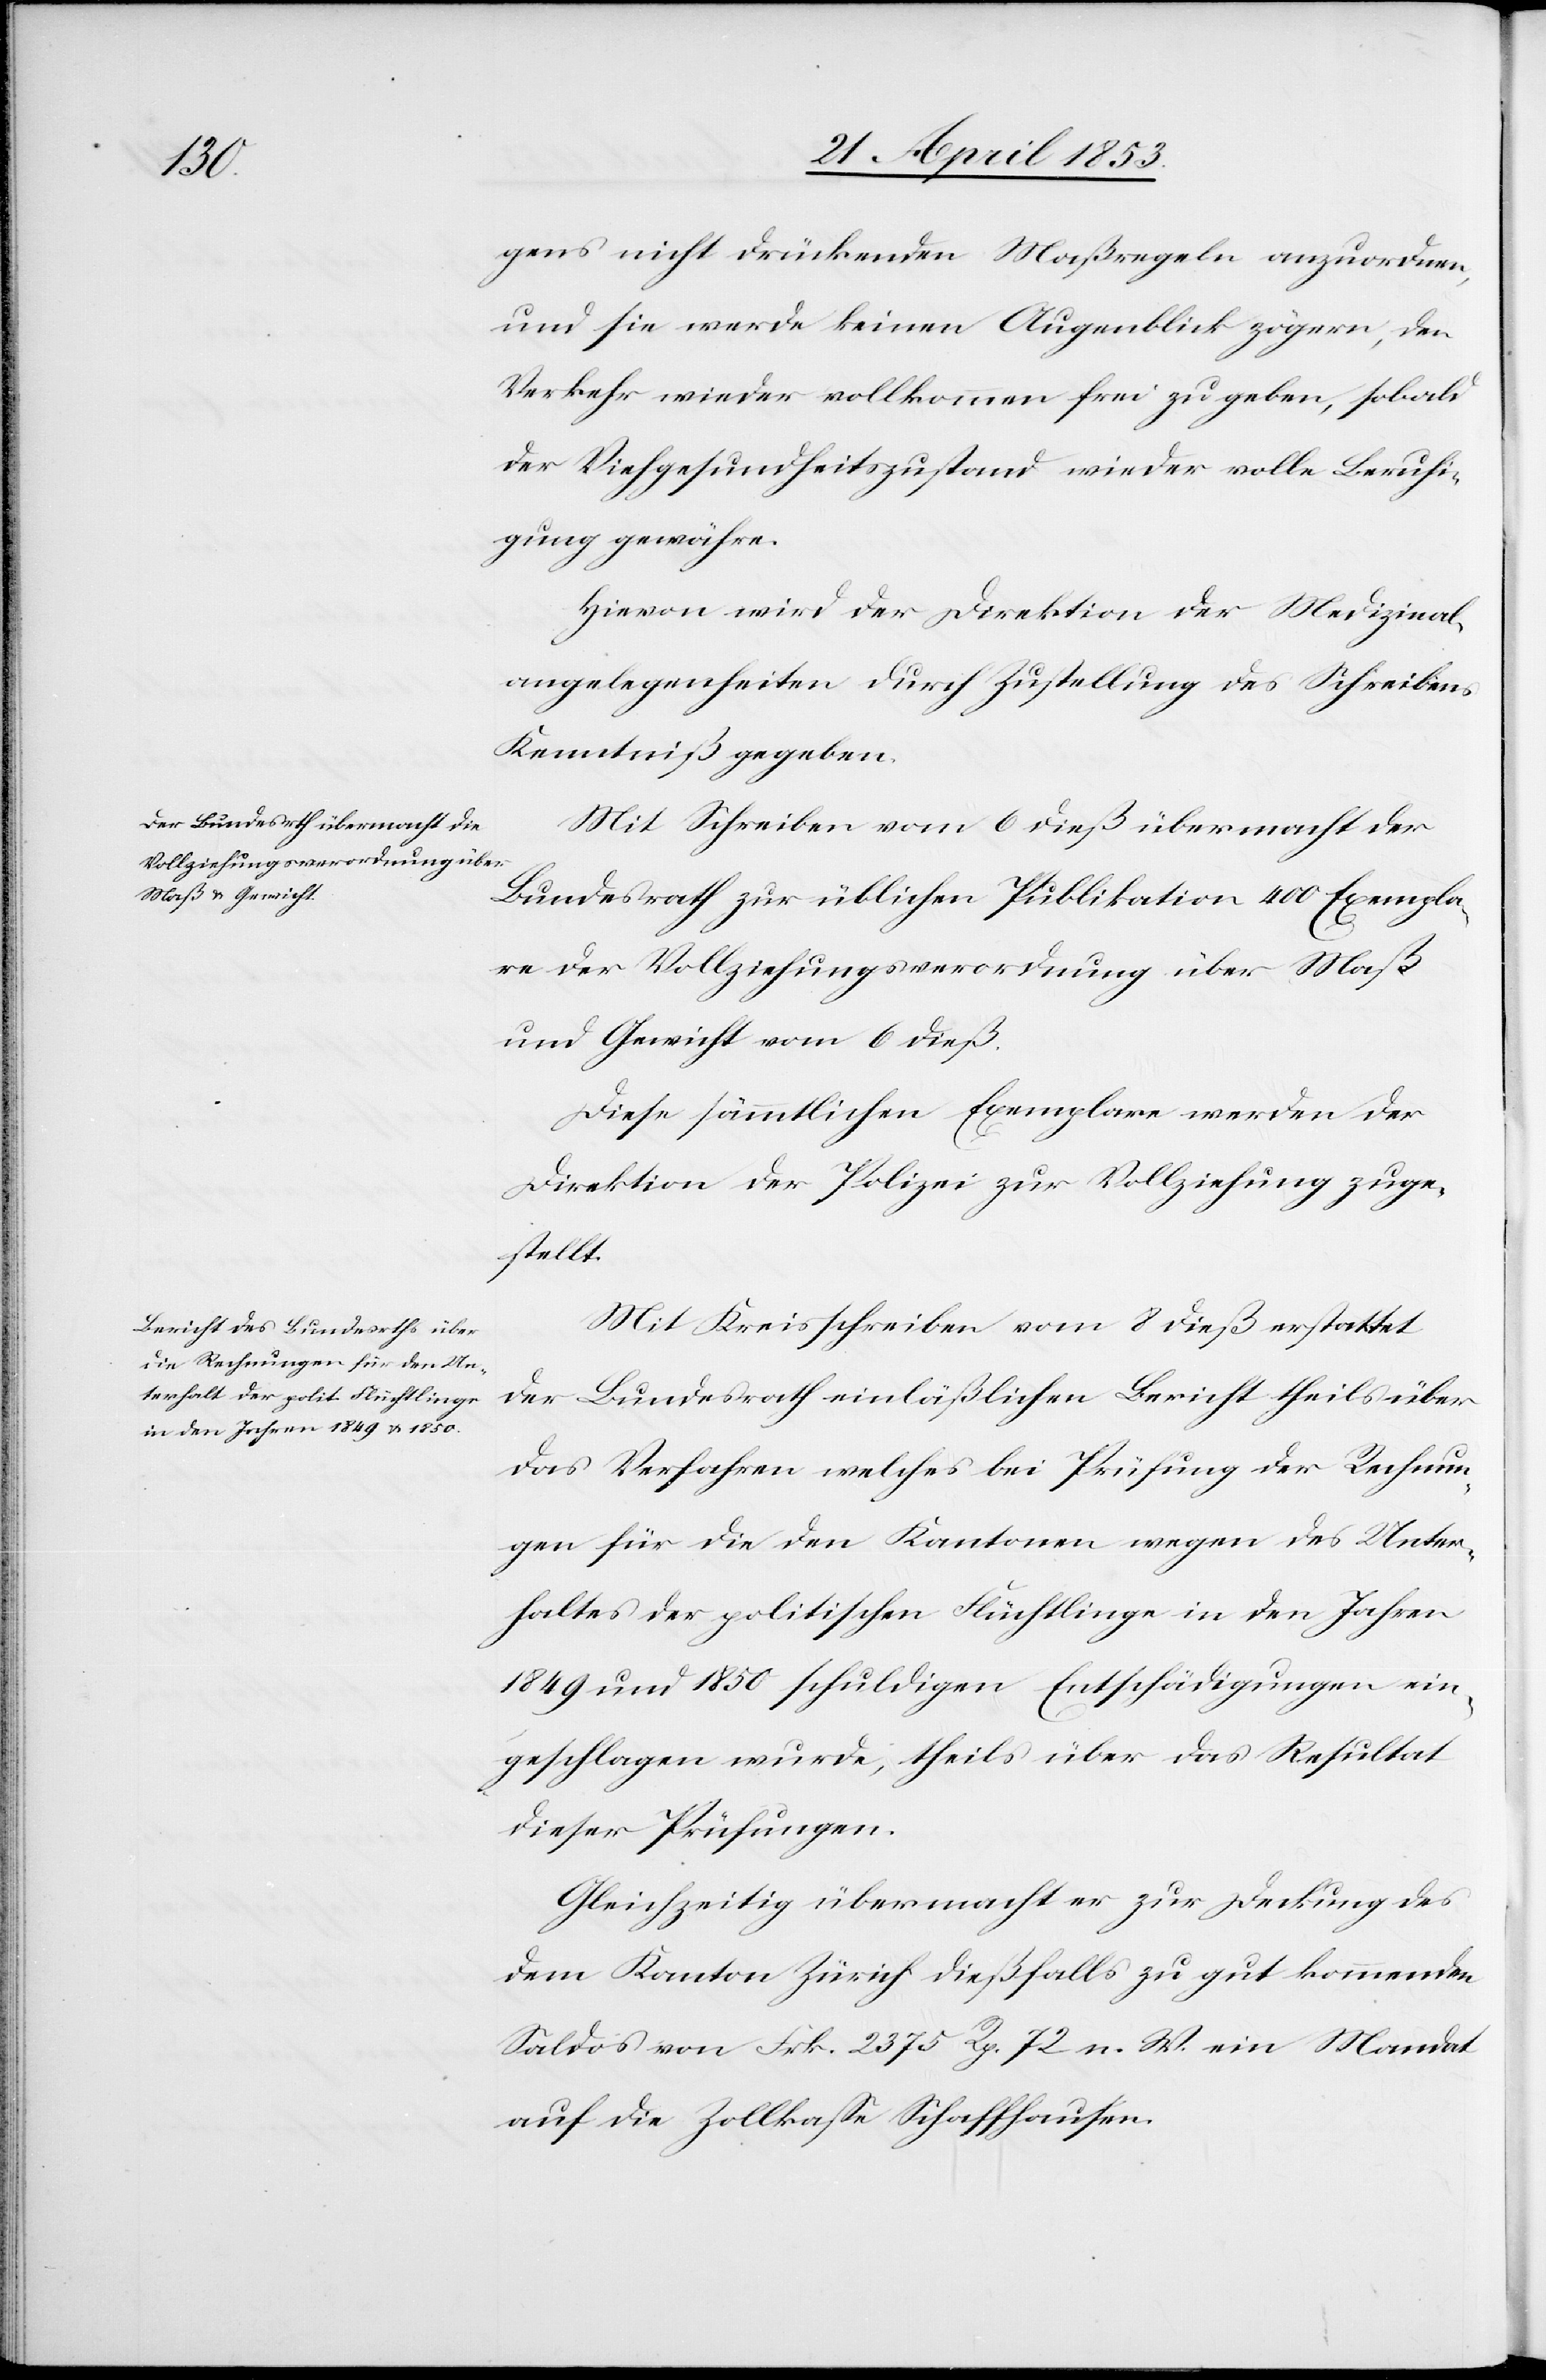
gens nicht drückenden Maßregeln anzuordnen,
und sie werde keinen Augenblick zögern, den
Verkehr wieder vollkommen frei zu geben, sobald
der Viehgesundheitszustand wieder volle Beruhi¬
gung gewähre.
Hievon wird der Direktion der Medizinal¬
angelegenheiten durch Zustellung des Schreibens
Kenntniß gegeben.
Mit Schreiben vom 6 dieß übermacht der
Bundesrath zur üblichen Publikation 400 Exempla¬
re der Vollziehungsverordnung über Maß
und Gewicht vom 6 dieß.
Diese sämmtlichen Exemplare werden der
Direktion der Polizei zur Vollziehung zuge¬
stellt.
Mit Kreisschreiben vom 8 dieß erstattet
der Bundesrath einläßlichen Bericht theils über
das Verfahren welches die Prüfung der Rechnun¬
gen für die den Kantonen wegen des Unter¬
haltes der politischen Flüchtlinge in den Jahren
1849 und 1850 schuldigen Entschädigungen ein¬
geschlagen wurde, theils über das Resultat
dieser Prüfungen.
Gleichzeitig übermacht er zur Deckung des
dem Kanton Zürich dießfalls zu gut kommenden
Saldos von Frk. 2375 Rp. 72 n. W. ein Mandat
auf die Zollkaße Schaffhausen.